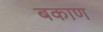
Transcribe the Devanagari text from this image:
बकाण